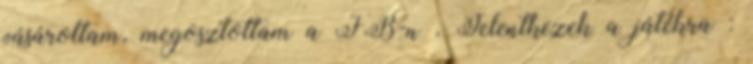
vásároltam, megosztottam a FB-n . Jelentkezek a játékra :